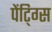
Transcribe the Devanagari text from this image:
पेंटि्ग्स